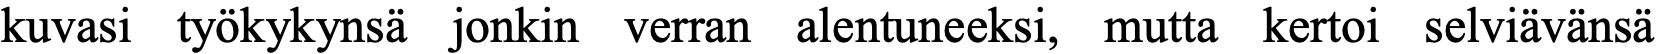
kuvasi työkykynsä jonkin verran alentuneeksi, mutta kertoi selviävänsä